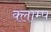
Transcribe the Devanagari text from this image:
क्लाम्प